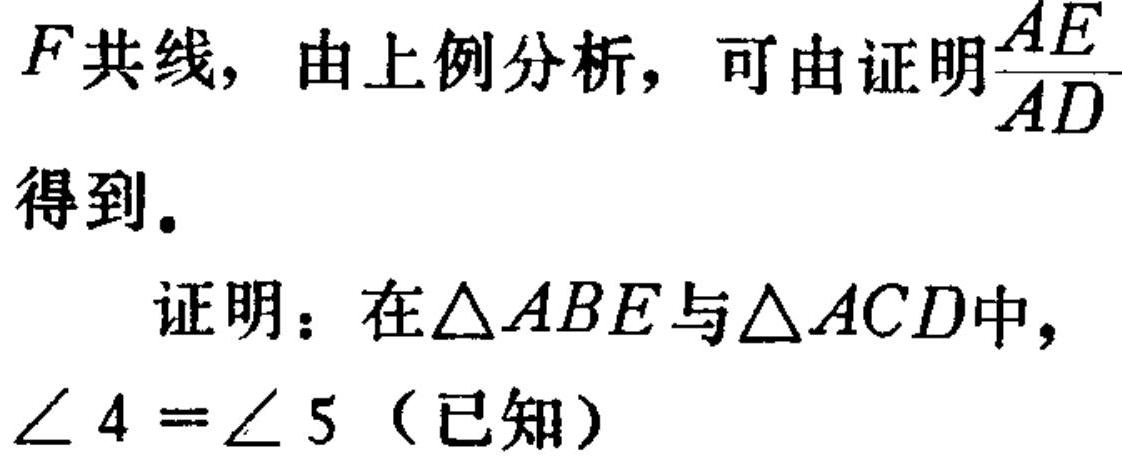
$F$共线，由上例分析，可由证明$\frac{AE}{AD}$得到。

证明：在$\triangle ABE$与$\triangle ACD$中，
$\angle 4=\angle 5$（已知）